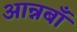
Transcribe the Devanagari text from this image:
आन्नबाँ